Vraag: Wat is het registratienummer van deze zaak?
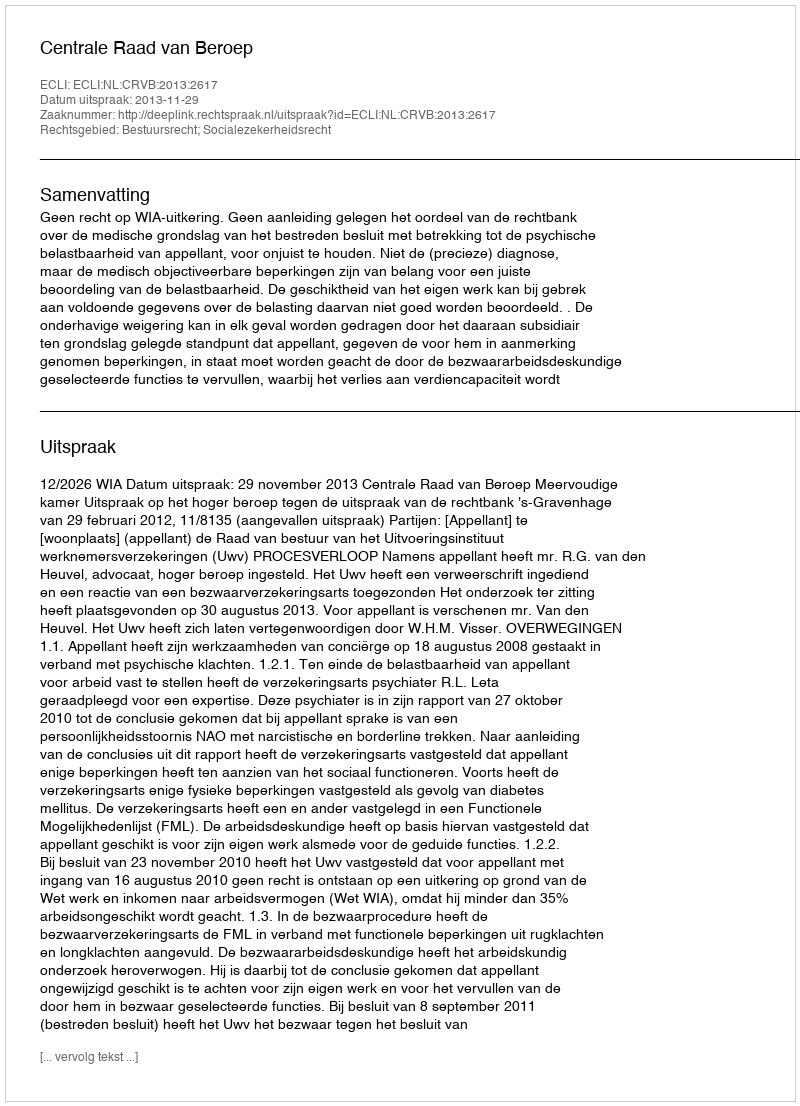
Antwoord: http://deeplink.rechtspraak.nl/uitspraak?id=ECLI:NL:CRVB:2013:2617